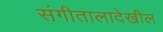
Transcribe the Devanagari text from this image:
संगीतालादेखील